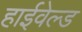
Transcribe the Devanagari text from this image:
हाईवेल्ड